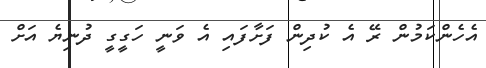
އެހެންކަމުން ރޭ އެ ކުދިން ފަށާފައި އެ ވަނީ ހަގީގީ ދުނިޔެ އަށް